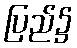
ပြည်၌